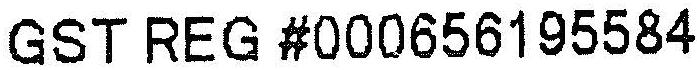
GST REG #000656195584